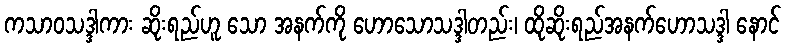
ကသာဝသဒ္ဒါကား ဆိုးရည်ဟူ သော အနက်ကို ဟောသောသဒ္ဒါတည်း၊ ထိုဆိုးရည်အနက်ဟောသဒ္ဒါ နောင်